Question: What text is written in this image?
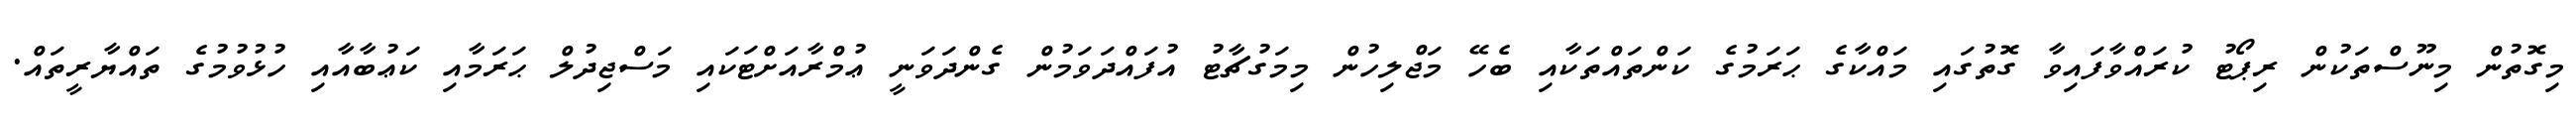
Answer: މިގޮތުން މިނޫސްތަކުން ރިޕޯޓު ކުރައްވާފައިވާ ގޮތުގައި މައްކާގެ ޙަރަމުގެ ކަންތައްތަކާއި ބެހޭ މަޖްލިހުން މިމަގުޗާޓު އުފައްދަވަމުން ގެންދަވަނީ ޢުމްރާއަށްޓަކައި މަސްޖިދުލް ޙަރަމާއި ކަޢުބާއާއި ހުޅުވުމުގެ ތައްޔާރީތައް.